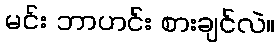
မင်း ဘာဟင်း စားချင်လဲ။